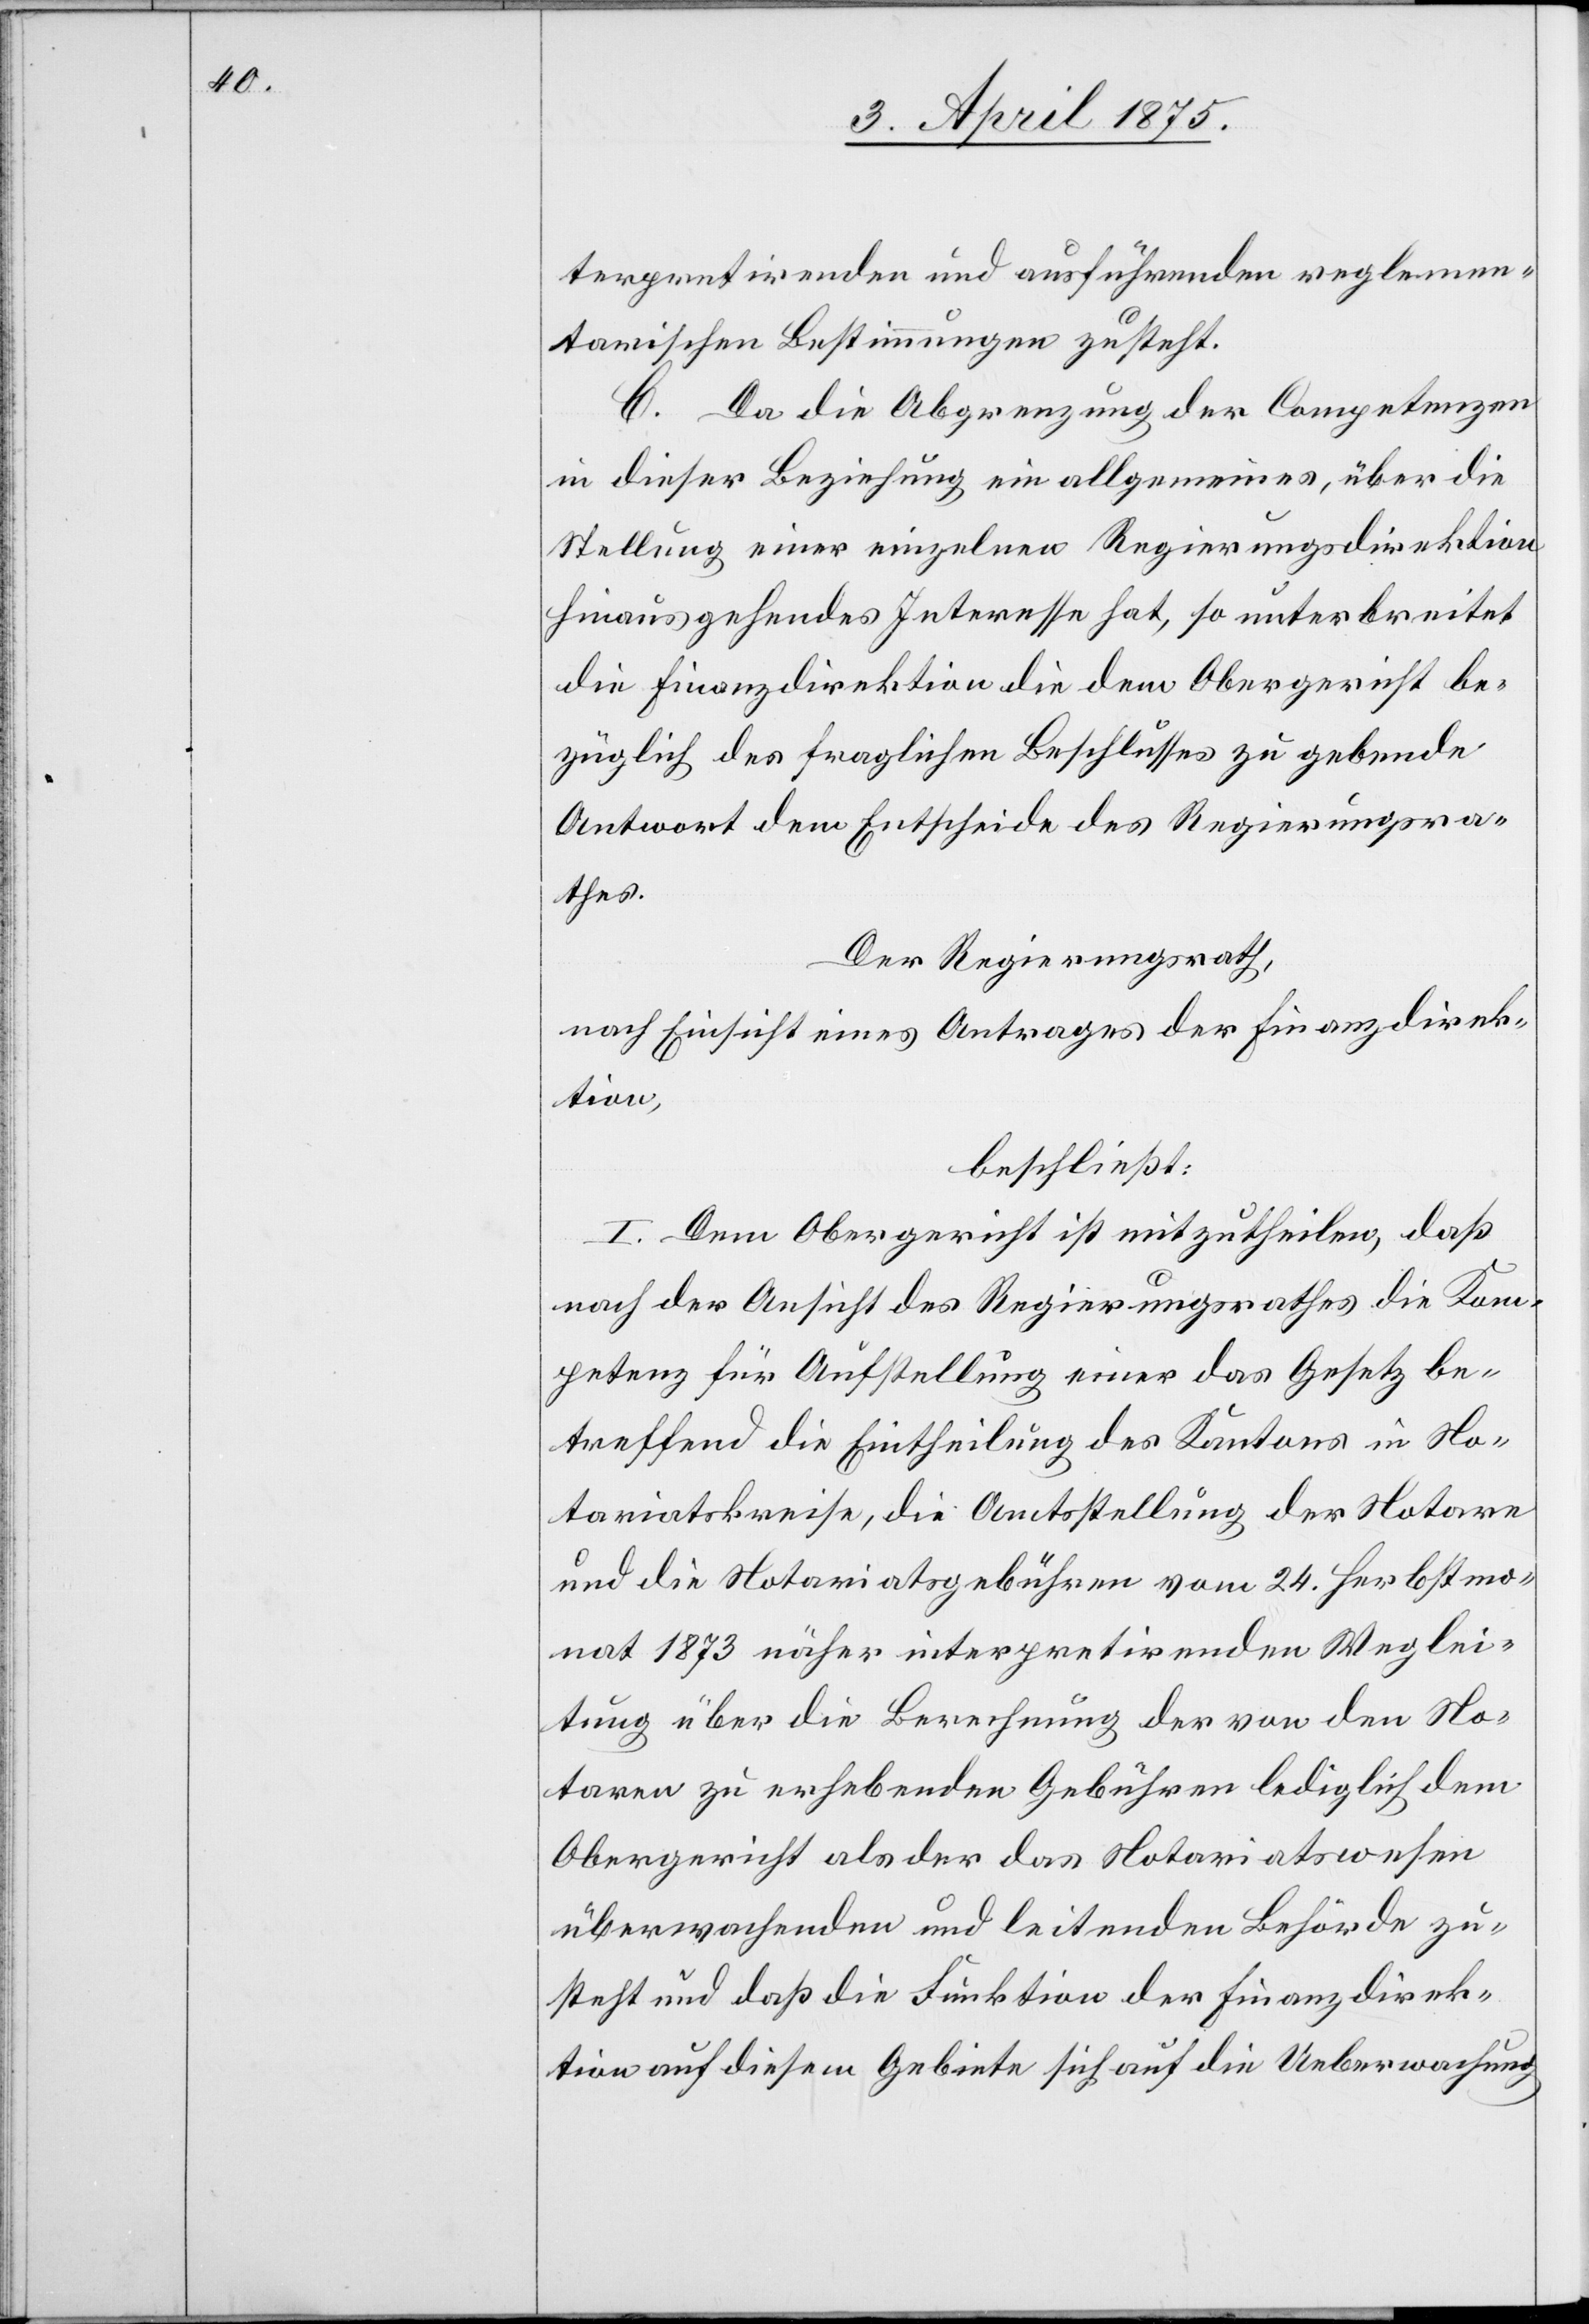
terpretirenden und ausführenden reglemen¬
tarischen Bestimmungen zusteht.
C. Da die Abgrenzung der Competenzen
in dieser Beziehung ein allgemeines, über die
Stellung einer einzelnen Regierungsdirektion
hinausgehendes Interesse hat, so unterbreitet
die Finanzdirektion die dem Obergericht be¬
züglich des fraglichen Beschlusses zu gebende
Antwort dem Entscheide des Regierungsra¬
thes.
Der Regierungsrath,
nach Einsicht eines Antrages der Finanzdirek¬
tion,
beschließt:
I. Dem Obergericht ist mitzutheilen, daß
nach der Ansicht des Regierungsrathes die Kom¬
petenz für Aufstellung einer das Gesetz be¬
treffend die Eintheilung des Kantons in No¬
tariatskreise, die Amtsstellung der Notare
und die Notariatsgebühren vom 24. Herbstmo¬
nat 1873 näher interpretirenden Weglei¬
tung über die Berechnung der von den No¬
taren zu erhebenden Gebühren lediglich dem
Obergericht als der das Notariatswesen
übermachenden und leitenden Behörde zu¬
steht und daß die Funktion der Finanzdirek¬
tion auf diesem Gebiete sich auf die Ueberwachung